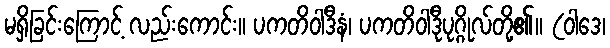
မရှိခြင်းကြောင့် လည်းကောင်း။ ပကတိဝါဒီနံ၊ ပကတိဝါဒီုပုဂ္ဂိုလ်တို့၏။ (ဝါဒေ၊